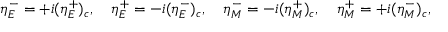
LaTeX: \eta _ { E } ^ { - } = + i ( \eta _ { E } ^ { + } ) _ { c } , \quad \eta _ { E } ^ { + } = - i ( \eta _ { E } ^ { - } ) _ { c } , \quad \eta _ { M } ^ { - } = - i ( \eta _ { M } ^ { + } ) _ { c } , \quad \eta _ { M } ^ { + } = + i ( \eta _ { M } ^ { - } ) _ { c } ,